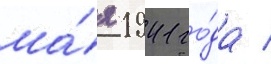
ма́я 1941 го́да /